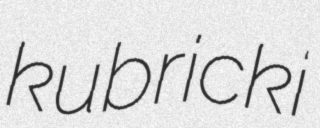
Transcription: kubricki